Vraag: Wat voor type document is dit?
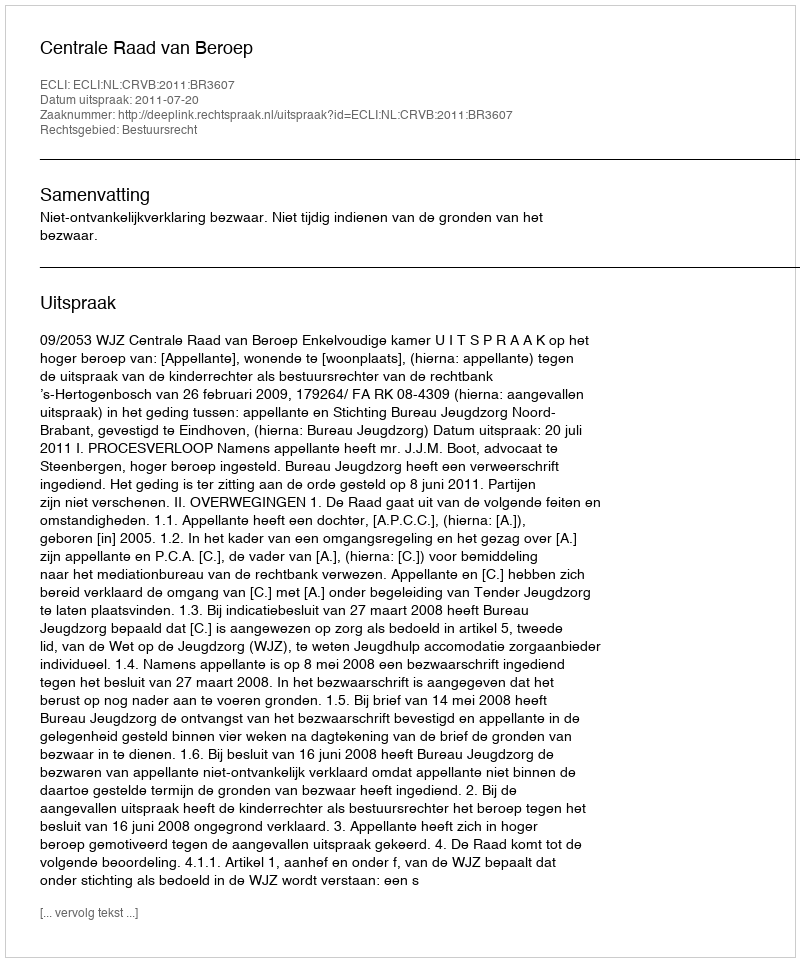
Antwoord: Uitspraak